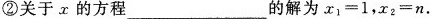
②关于x的方程___的解为$$x _ { 1 } = 1$$，$$x _ { 2 } = n$$.